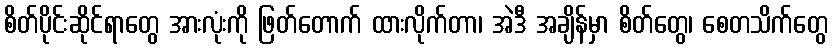
စိတ်ပိုင်းဆိုင်ရာတွေ အားလုံးကို ဖြတ်တောက် ထားလိုက်တာ၊ အဲဒီ အချိန်မှာ စိတ်တွေ၊ စေတသိက်တွေ